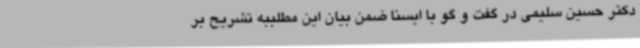
دکتر حسین سلیمی در گفت و گو با ایسنا ضمن بیان این مطلببه تشریح بر